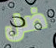
ضل